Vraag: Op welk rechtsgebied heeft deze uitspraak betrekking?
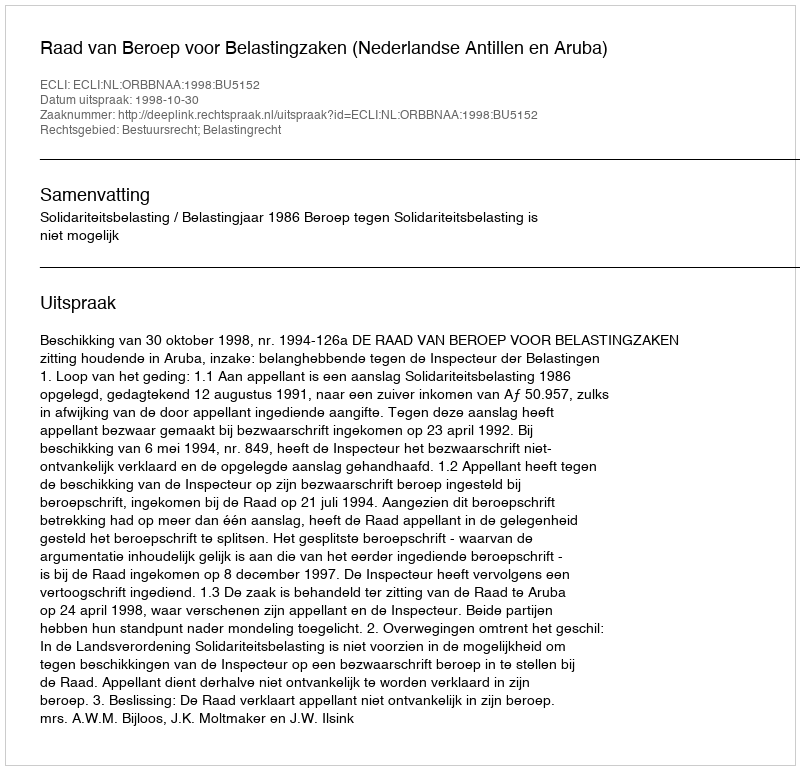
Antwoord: Bestuursrecht; Belastingrecht